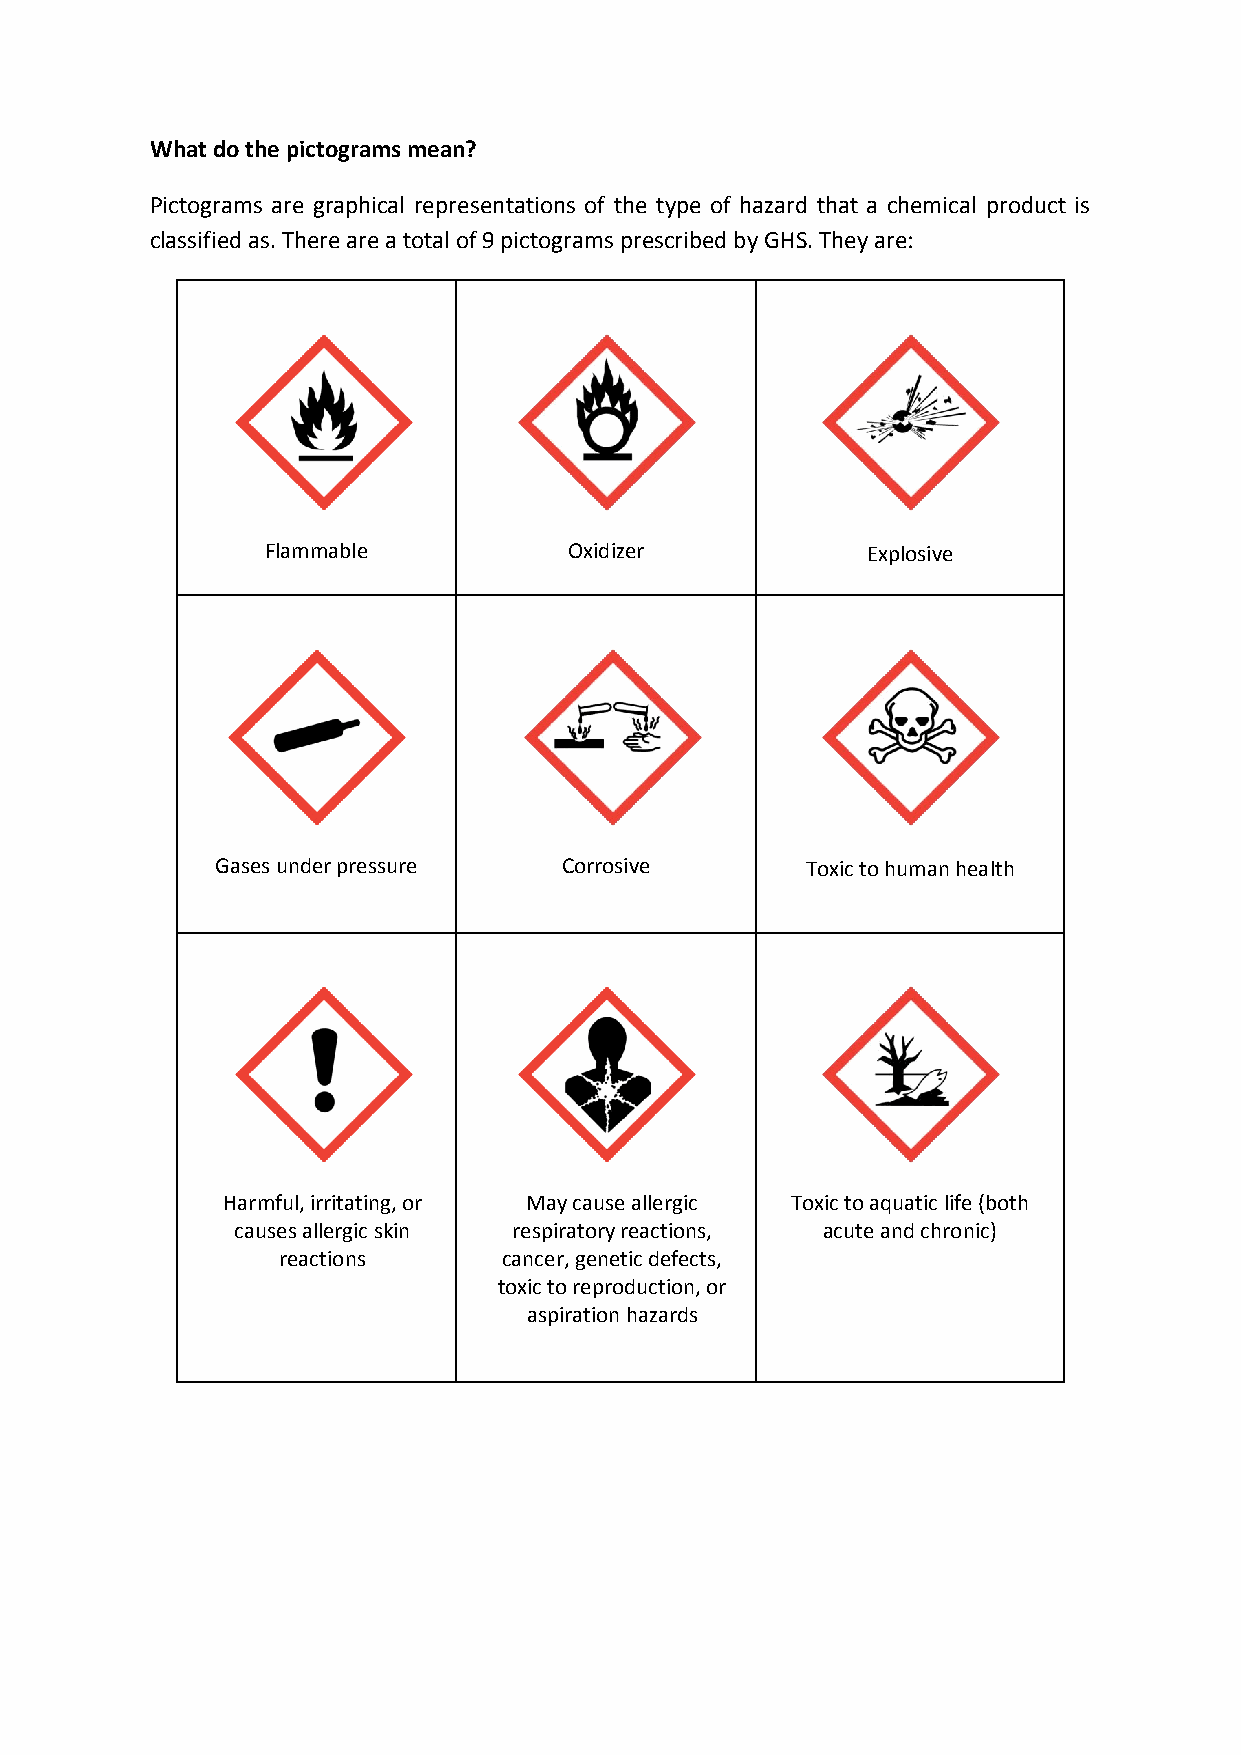
What do the pictograms mean?
 Pictograms are graphical representations of the type of hazard that a chemical product is
 classified as. There are a total of 9 pictograms prescribed by GHS. They are:
 Flammable           Oxidizer           Explosive
 Gases under pressure   Corrosive       Toxic to human health
 Harmful, irritating, or May cause allergic Toxic to aquatic life (both
 causes allergic skin respiratory reactions, acute and chronic)
 reactions      cancer, genetic defects,
 toxic to reproduction, or
 aspiration hazards